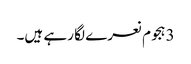
3 ہجوم نعرے لگا رہے ہیں۔